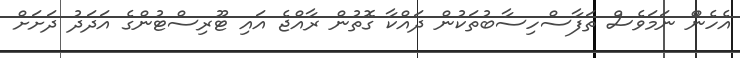
އެހެންް ނަމަވެސް ތަފާސްހިސާބުތަކުން ދައްކާ ގޮތުން ރާއްޖެ އައި ޓޫރިސްޓުންގެ އަދަދު ދަށަށް